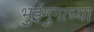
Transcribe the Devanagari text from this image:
भुईमुगाच्या